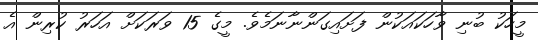
މީހަކު ބުނި ވާހަކައަކުން ފަށައިގަންނާނަމެވެ. މީގެ 15 ވަރަކަށް އަހަރު ކުރިން އެ